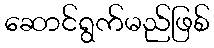
ဆောင်ရွက်မည်ဖြစ်